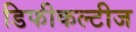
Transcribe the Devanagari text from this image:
डिफीकल्टीज